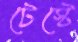
টেস্টে